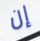
إن